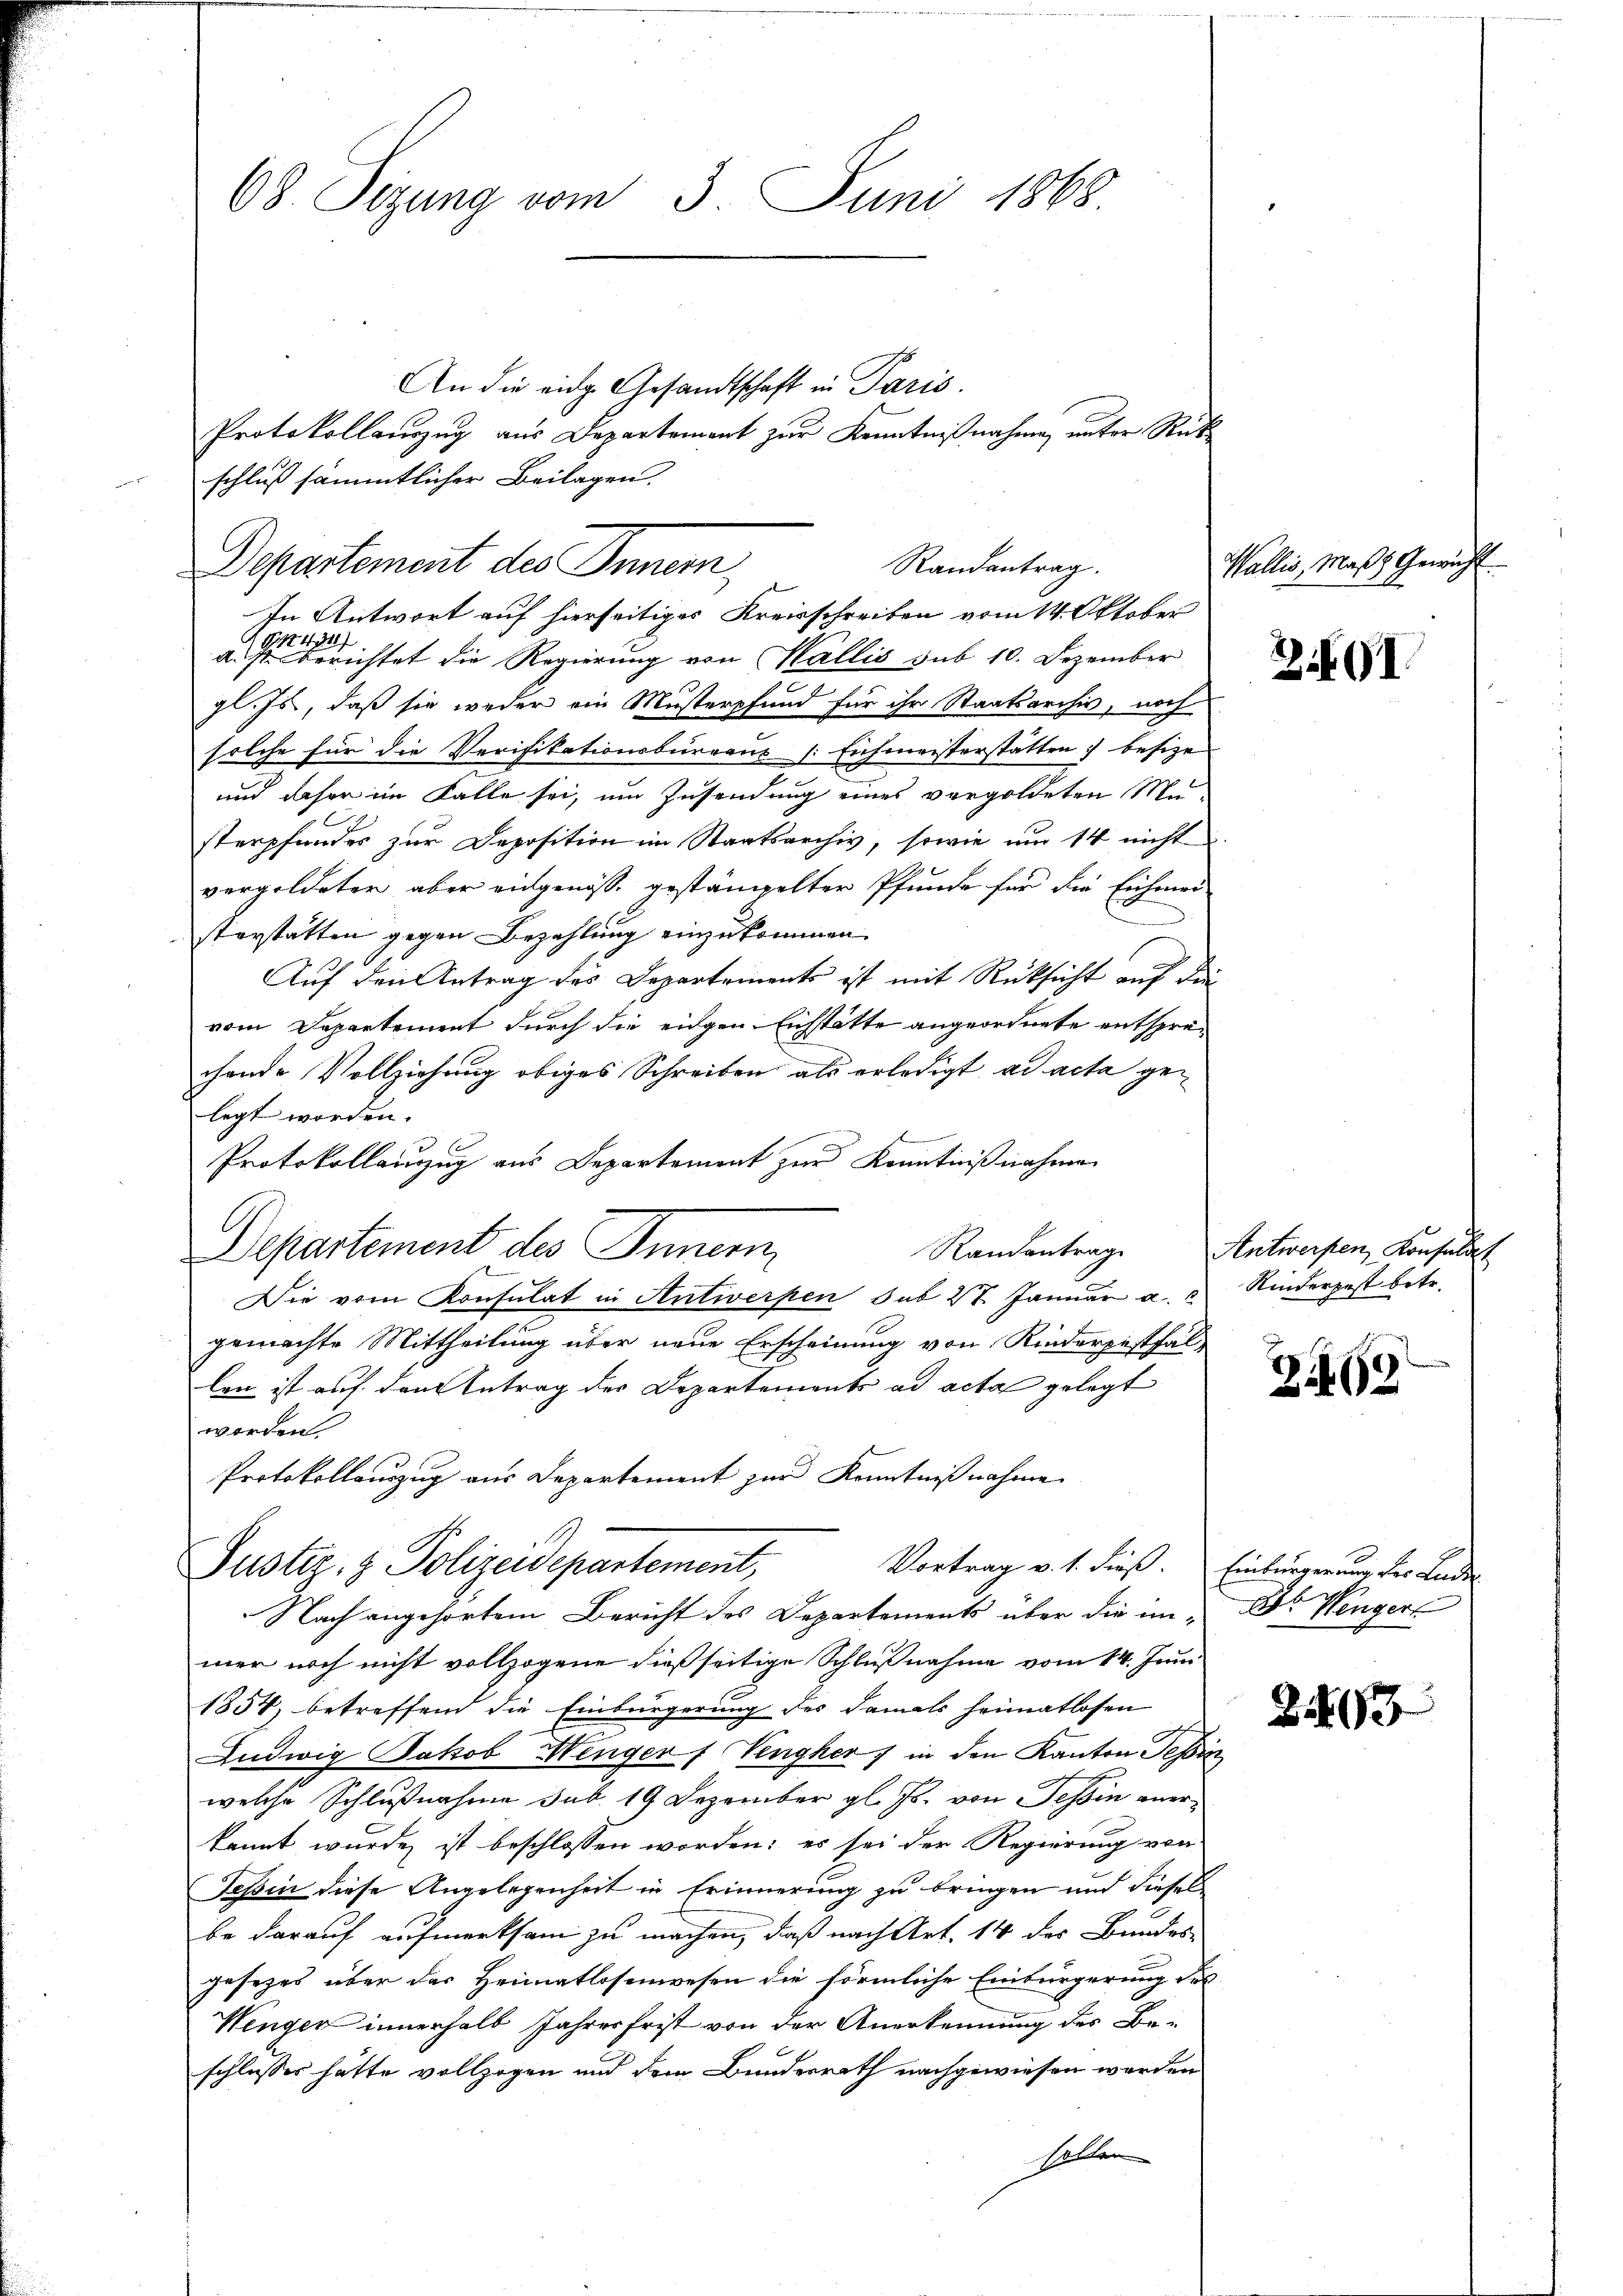
68 Sizung vom 3. Juni 1868

An die eidg. Gesandtschaft in Paris.
Protokollauszug aus Departement zur Kenntnißnahme, unter Rückschluß sämmtlicher Beilagen.
 Berichtet die Regierung von Wallis sub 10. Dezember
gl. Js., daß sie weder ein Musterpfund für ihr Staatsarchiv, noch
solche für die Verifikationsbüreaus [Eichmeisterstätten besize
und daher im Falle sei, um Zusendung eines vergoldeten Masterpfundes zur Deposition im Staatsarchiv, sowie nur 14 nicht
vergeldeter aber eingenosse gestämpelter Pfunde für die Eichmer
sterstatten gegen Bezahlung einzukommen.
Auf den Antrag des Departements ist mit Rüksicht auf die
vom Departement durch die eidgen Eichstätte angeordnete entsprechende Vollziehung obiges Schreiben als erledigt ad acta gelegt worden.
Protokollauzug aus Departement zur Kenntnißnahmen
Departement des Innern,
Randantrag. Antwerfen, Konsulat
Die vom Konsulat in Antwerpen sub 27. Januar a. 2 Kinderpest betr.
gemachte Mittheilung über neue Erscheinung von Kinderpestfal-
len ist auf dem Betrag des Departements ad acta gelegt
worden.
Protokollauszug aus Departement zur Kenntnißnahme

Randantrag.
Departement des Innern,
In Antwort auf hierseitiges Kreisschreiben vom 14. Oktober

Justiz- & Polizeidepartement,
Vortrag v. 1. dieß. Einbürgerung der Lude
Nach angehörtem Bericht des Departements über die im Dr. Wengerl

Wallis, Mass Gewicht

mer noch nicht vollzogene dießseitige Schlußnahme vom 14. Juni
1854, betreffend die Einbürgerung des damals heimatlosen
Ludwig Jakob Wenger Vengher) in den Kanton Tessin
welche Schlußnahme sub. 19 Dezember gl. Js. von Tessin anerkannt wurde ist beschlossen worden; es sei der Regierung von
Teßin diese Angelegenheit in Erinnerung zu bringen und dieses
be darauf aufmerksam zu machen, daß nach Art. 14 des Bundes
gesezes über der Heimatlosenwesen die förmliche Einbürgerung des
Wenger innerhalb Jahresfrist von der Anerkennung des Be-
schlusses hätte vollzogen und dem Bundesrath nachgewiesen worden
sollen

Z.1

Z 169

217